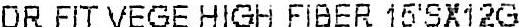
DR FIT VEGE HIGH FIBER 15'SX12G